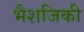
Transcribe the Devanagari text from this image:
भैशजिकी